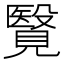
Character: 𧢂